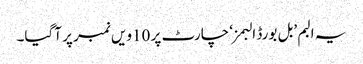
یہ البم ’بل بورڈ البمز‘ چارٹ پر 10ویں نمبر پر آگیا۔